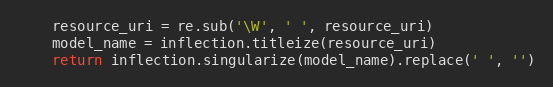
Language: Python
    resource_uri = re.sub('\W', ' ', resource_uri)
    model_name = inflection.titleize(resource_uri)
    return inflection.singularize(model_name).replace(' ', '')